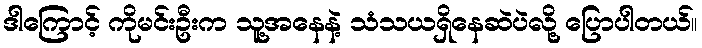
ဒါကြောင့် ကိုမင်းဦးက သူ့အနေနဲ့ သံသယရှိနေဆဲပဲလို့ ပြောပါတယ်။